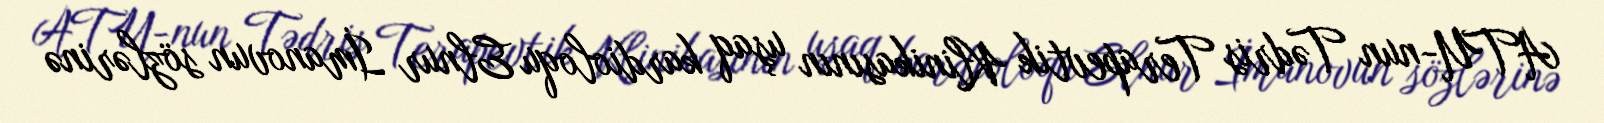
ATU-nun Tədris Terapevtik Klinikasının uşaq kardioloqu Elnur İmanovun sözlərinə